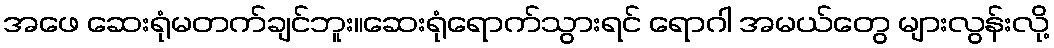
အဖေ ဆေးရုံမတက်ချင်ဘူး။ဆေးရုံရောက်သွားရင် ရောဂါ အမယ်တွေ များလွန်းလို့